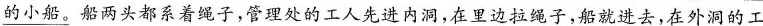
\underline{的小船。}船两头都系着绳子，管理处的工人先进内洞，在里边拉绳子，船就进去，在外洞的工